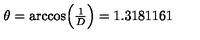
\theta = \arccos \Bigl ( { \textstyle { \frac { 1 } { D } } } \Bigr ) = 1 . 3 1 8 1 1 6 1